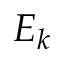
E _ { k }